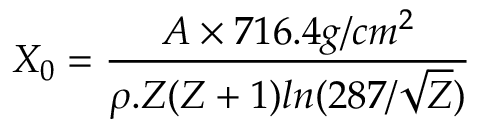
\centering X _ { 0 } = \frac { A \times 7 1 6 . 4 g / c m ^ { 2 } } { \rho . Z ( Z + 1 ) l n ( 2 8 7 / \sqrt { Z } ) }